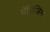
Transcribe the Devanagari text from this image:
मॅनिजिंग